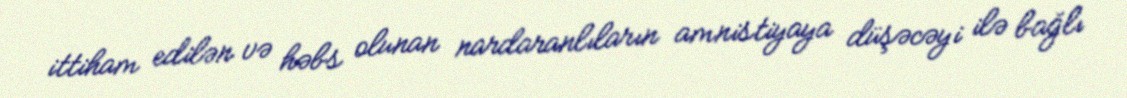
ittiham edilən və həbs olunan nardaranlıların amnistiyaya düşəcəyi ilə bağlı